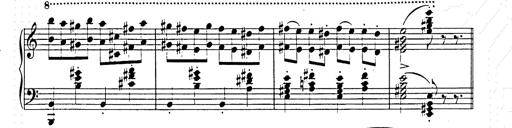
Title: Hungarian Rhapsody No.15
Composer: Franz Liszt
Key: A minor